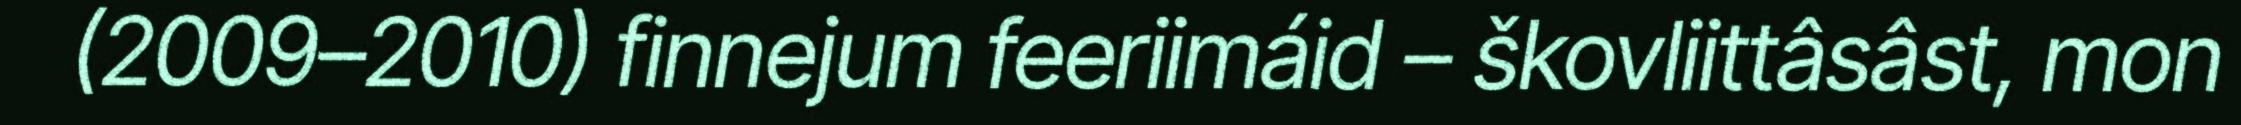
(2009–2010) finnejum feeriimáid – škovliittâsâst, mon